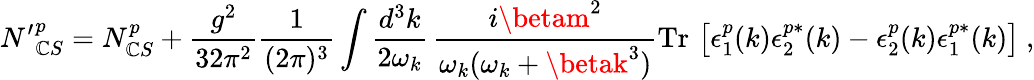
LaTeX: {N^{\prime}}_{\mathbb{C}S}^{p}=N_{\mathbb{C}S}^{p}+\frac{{g^{2}}}{{32\pi^{2}}}\frac{{1}}{{(2\pi)^{3}}}\int\frac{{d^{3}k}}{{2\omega_{k}}}\, \frac{{i\betam^{2}}}{{\omega_{k}(\omega_{k}+\betak^{3})}}\mathrm{{Tr}}\, \left[\epsilon_{1}^{p}(k)\epsilon_{2}^{p*}(k)-\epsilon_{2}^{p}(k)\epsilon_{1}^{p*}(k)\right]\ ,